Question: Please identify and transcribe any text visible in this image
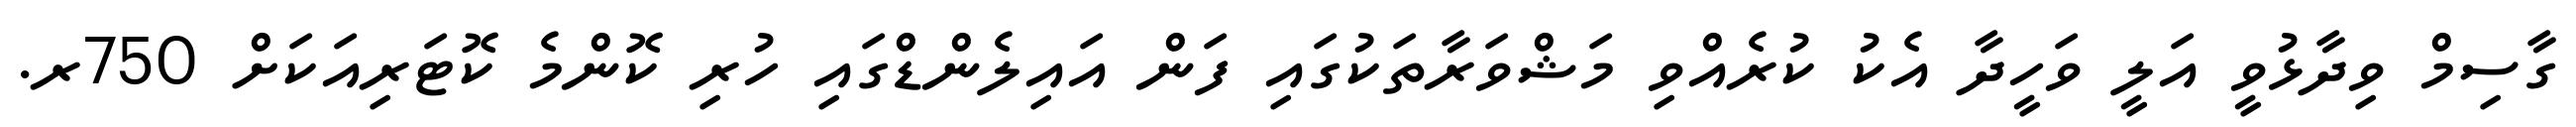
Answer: ގާސިމް ވިދާޅުވީ އަލީ ވަހީދާ އެކު ކުރެއްވި މަޝްވަރާތަކުގައި ފަން އައިލެންޑްގައި ހުރި ކޮންމެ ކޮޓަރިއަކަށް 750ރ.